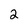
Character: 2